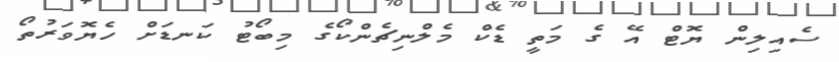
ސެއިލިން ޔޮޓް އޭ ގެ މަތީ ޑެކް މެލްނިޗެންކޯގެ މިބޯޓު ކަނޑަށް ހެޔޮވަރުތޯ